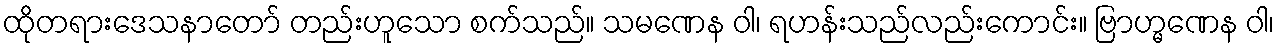
ထိုတရားဒေသနာတော် တည်းဟူသော စက်သည်။ သမဏေန ဝါ၊ ရဟန်းသည်လည်းကောင်း။ ဗြာဟ္မဏေန ဝါ၊